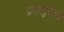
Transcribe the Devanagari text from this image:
प्रजानुरंजन